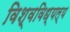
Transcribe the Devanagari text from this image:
विश्वविध्यल्य